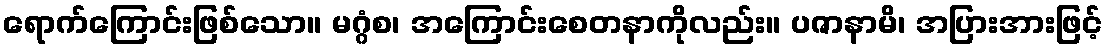
ရောက်ကြောင်းဖြစ်သော။ မဂ္ဂံစ၊ အကြောင်းစေတနာကိုလည်း။ ပဇာနာမိ၊ အပြားအားဖြင့်